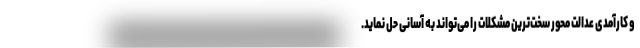
و کارآمدی عدالت محور سخت‌ترین مشکلات را می‌تواند به آسانی حل نماید.